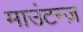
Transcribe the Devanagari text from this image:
माउंटन्ज़